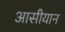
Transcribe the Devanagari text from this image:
आसीयान